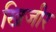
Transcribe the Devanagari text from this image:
खिजीर